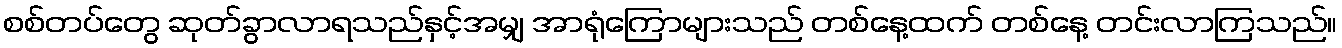
စစ်တပ်တွေ ဆုတ်ခွာလာရသည်နှင့်အမျှ အာရုံကြောများသည် တစ်နေ့ထက် တစ်နေ့ တင်းလာကြသည်။